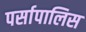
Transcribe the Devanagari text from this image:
पर्सापालिस